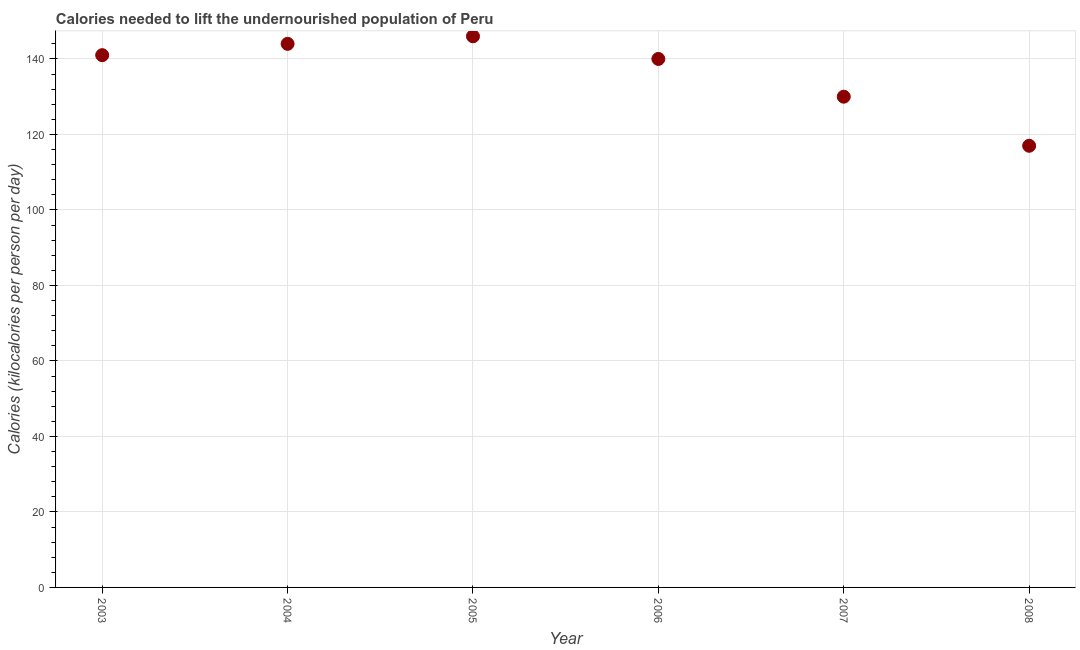
| Year | Depth of the food deficit |
 | --- | --- |
 | 2003 | 141 |
 | 2004 | 144 |
 | 2005 | 146 |
 | 2006 | 140 |
 | 2007 | 130 |
 | 2008 | 117 |